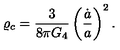
\varrho _ { c } = { \frac { 3 } { 8 \pi G _ { 4 } } } \left( { \frac { \dot { a } } { a } } \right) ^ { 2 } .